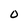
Character: O